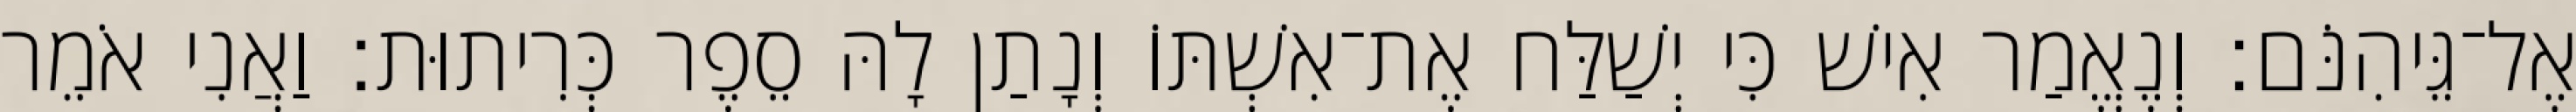
אֶל־גֵּיהִנֹּם׃ וְנֶאֱמַר אִישׁ כִּי יְשַׁלַּח אֶת־אִשְׁתּוֹ וְנָתַן לָהּ סֵפֶר כְּרִיתוּת׃ וַאֲנִי אֹמֵר